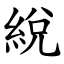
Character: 綐